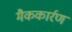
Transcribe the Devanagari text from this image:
मैककार्रण